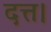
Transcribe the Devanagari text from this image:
दत्त।